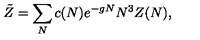
\tilde { Z } = \sum _ { N } c ( N ) e ^ { - g N } N ^ { 3 } Z ( N ) ,